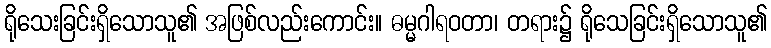
ရိုသေးခြင်းရှိသောသူ၏ အဖြစ်လည်းကောင်း။ ဓမ္မဂါရဝတာ၊ တရား၌ ရိုသေခြင်းရှိသောသူ၏